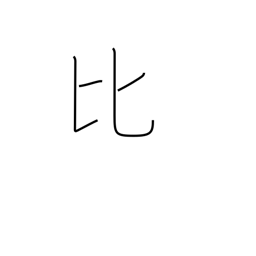
Meaning: Philippines